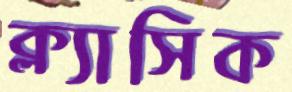
ক্ল্যাসিক